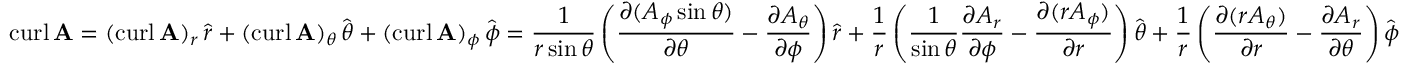
\operatorname { c u r l } \mathbf { A } = ( \operatorname { c u r l } \mathbf { A } ) _ { r } \, { \hat { \boldsymbol { r } } } + ( \operatorname { c u r l } \mathbf { A } ) _ { \theta } \, { \hat { \boldsymbol { \theta } } } + ( \operatorname { c u r l } \mathbf { A } ) _ { \phi } \, { \hat { \boldsymbol { \phi } } } = { \frac { 1 } { r \sin \theta } } \left( { \frac { \partial ( A _ { \phi } \sin \theta ) } { \partial \theta } } - { \frac { \partial A _ { \theta } } { \partial \phi } } \right) { \hat { \boldsymbol { r } } } + { \frac { 1 } { r } } \left( { \frac { 1 } { \sin \theta } } { \frac { \partial A _ { r } } { \partial \phi } } - { \frac { \partial ( r A _ { \phi } ) } { \partial r } } \right) { \hat { \boldsymbol { \theta } } } + { \frac { 1 } { r } } \left( { \frac { \partial ( r A _ { \theta } ) } { \partial r } } - { \frac { \partial A _ { r } } { \partial \theta } } \right) { \hat { \boldsymbol { \phi } } }